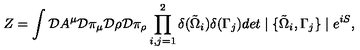
Z = \int { \cal D } A ^ { \mu } { \cal D } \pi _ { \mu } { \cal D } \rho { \cal D } \pi _ { \rho } \prod _ { i , j = 1 } ^ { 2 } \delta ( \tilde { \Omega } _ { i } ) \delta ( \Gamma _ { j } ) d e t \mid \{ \tilde { \Omega } _ { i } , \Gamma _ { j } \} \mid e ^ { i S } ,